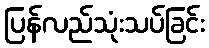
ပြန်လည်သုံးသပ်ခြင်း